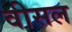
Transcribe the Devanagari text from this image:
वीसल